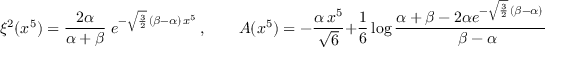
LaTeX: \xi ^ { 2 } ( x ^ { 5 } ) = \frac { 2 \alpha } { \alpha + \beta } \; e ^ { - \sqrt { \frac 3 2 } \, ( \beta - \alpha ) \, x ^ { 5 } } \, , \qquad A ( x ^ { 5 } ) = - \frac { \alpha \, x ^ { 5 } } { { \sqrt { 6 } } } + \frac { 1 } { 6 } \log \frac { \alpha + \beta - 2 \alpha e ^ { - \sqrt { \frac { 3 } { 2 } } \, ( \beta - \alpha ) \, x ^ { 5 } } } { \beta - \alpha } \, .